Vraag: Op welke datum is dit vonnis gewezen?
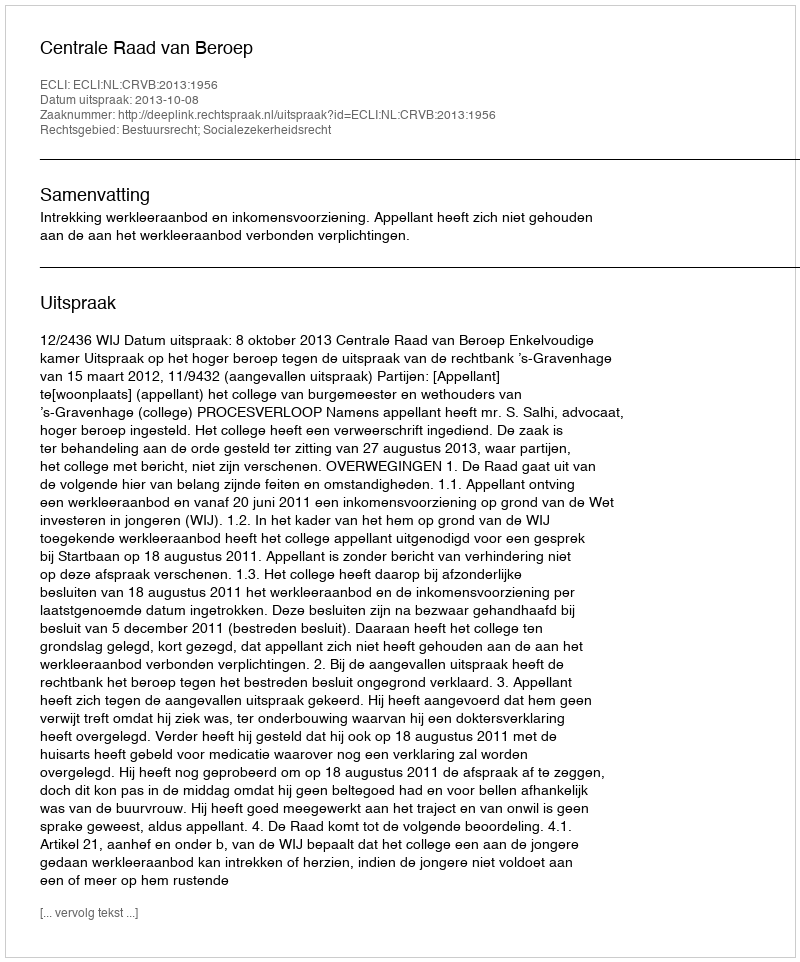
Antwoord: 2013-10-08